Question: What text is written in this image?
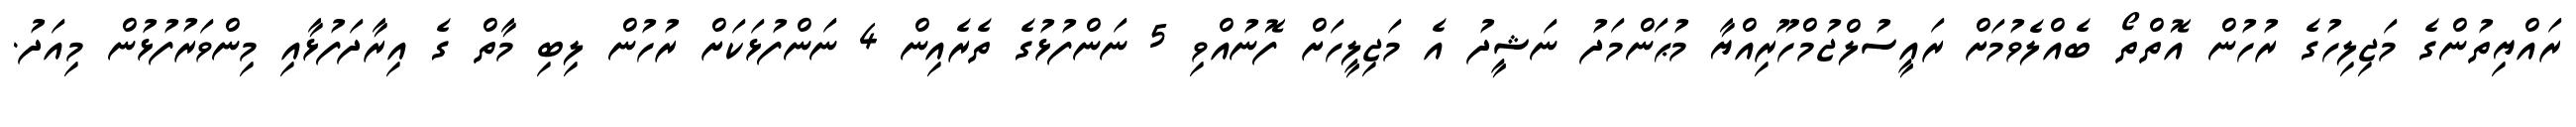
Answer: ރައްޔިތުންގެ މަޖިލިހުގެ ރުހުން އޮތްތޯ ބެއްލެވުމަށް ރައީސުލްޖުމްހޫރިއްޔާ މުޙަންމަދު ނަޝީދު އެ މަޖިލީހަށް ފޮނުއްވި 5 ނަންފުޅުގެ ތެރެއިން 4 ނަންފުޅަކަށް ރުހުން ލިބި މާތް ގެ އިރާދަފުޅާއި މިންވަރުފުޅުން މިއަދު.